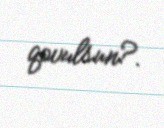
qovulsun?.